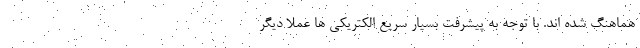
هماهنگ شده اند. با توجه به پیشرفت بسیار سریع الکتریکی ها عملا دیگر